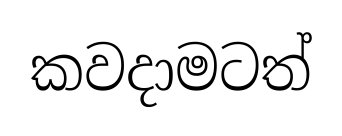
කවදාමටත්